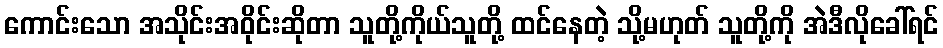
ကောင်းသော အသိုင်းအဝိုင်းဆိုတာ သူတို့ကိုယ်သူတို့ ထင်နေတဲ့ သို့မဟုတ် သူတို့ကို အဲဒီလိုခေါ်ရင်